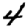
Digit: 4